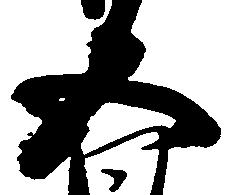
五